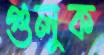
গুলুক